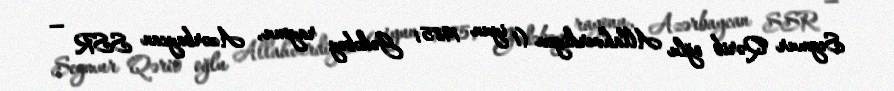
Seymur Qərib oğlu Allahverdiyev (1 iyun 1985; Gədəbəy rayonu, Azərbaycan SSR —